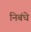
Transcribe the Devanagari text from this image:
निबंधे